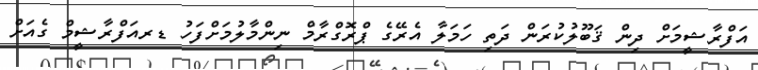
އަފްރާޝީމަށް ދިން ޤަބޫލުކުރަން ދަތި ހަމަލާ އެރޭގެ ޕްރޮގްރާމް ނިންމާލުމަށްފަހު ޑރއަފްރާޝީމް ގެއަށް